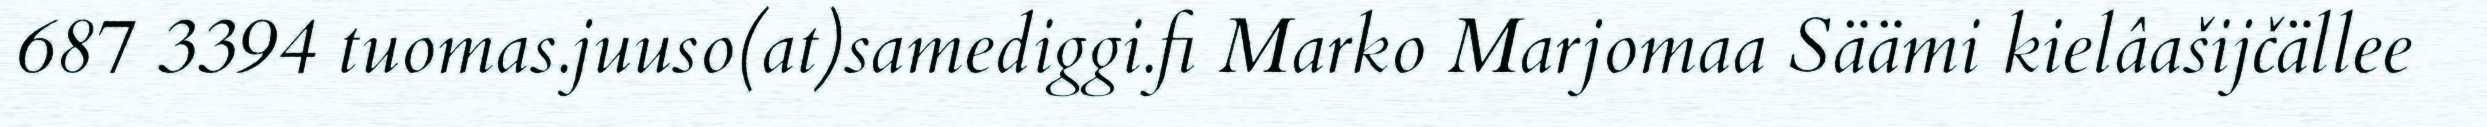
687 3394 tuomas.juuso(at)samediggi.fi Marko Marjomaa Säämi kielâašijčällee